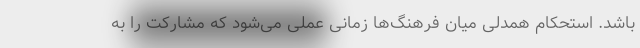
باشد. استحکام همدلی میان فرهنگ‌ها زمانی عملی می‌شود که مشارکت را به